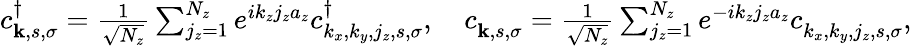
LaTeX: \begin{array}{r}{c_{{\mathbf k},s,\sigma}^{\dagger}=\frac{1}{\sqrt{N_{z}}}\sum_{j_{z}=1}^{N_{z}}e^{ik_{z}j_{z}a_{z}}c_{k_{x},k_{y},j_{z},s,\sigma}^{\dagger},~~~~c_{{\mathbf k},s,\sigma}^{}=\frac{1}{\sqrt{N_{z}}}\sum_{j_{z}=1}^{N_{z}}e^{-ik_{z}j_{z}a_{z}}c_{k_{x},k_{y},j_{z},s,\sigma}^{},}\end{array}